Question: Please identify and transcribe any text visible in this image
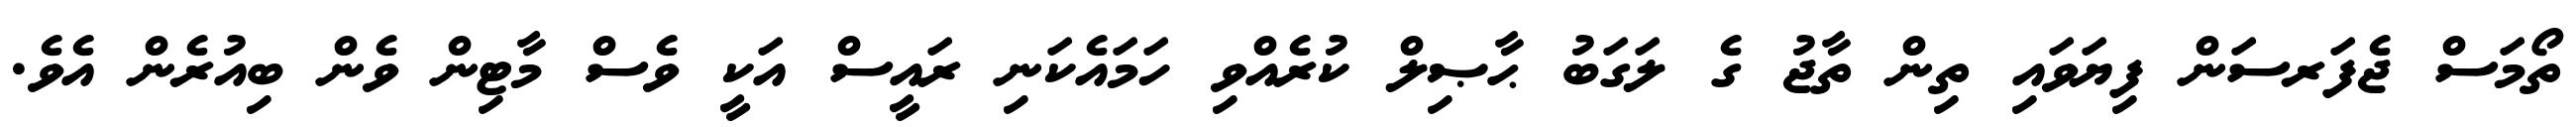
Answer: ތޯމަސް ޖެފަރސަން ފިޔަވައި ތިން ތާޖު ގެ ލަގަބު ޙާޞިލް ކުރެއްވި ހަމައެކަނި ރައީސް އަކީ ވެސް މާޓިން ވެން ބިއުރެން އެވެ.